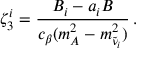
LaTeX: \zeta _ { 3 } ^ { i } = { \frac { B _ { i } - a _ { i } B } { c _ { \beta } ( m _ { A } ^ { 2 } - m _ { \tilde { \nu } _ { i } } ^ { 2 } ) } } \, .